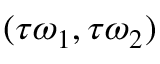
( \tau \omega _ { 1 } , \tau \omega _ { 2 } )